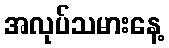
အလုပ်သမားနေ့